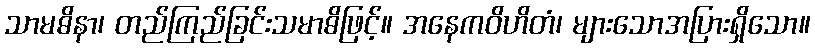
သာမဓိနာ၊ တည်ကြည်ခြင်းသမာဓိဖြင့်။ အနေကဝိဟိတံ၊ များသောအပြားရှိသော။